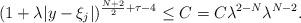
LaTeX: \begin{align*}(1+\lambda|y-\xi_{j}|)^{\frac{N+2}{2}+\tau-4 }\le C = C\lambda^{2-N}\lambda^{N-2}.\end{align*}